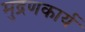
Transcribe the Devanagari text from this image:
मुद्रणकार्य